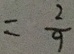
= \frac { 2 } { 9 }